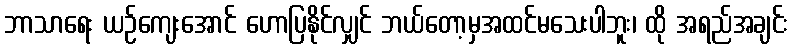
ဘာသာရေး ယဉ်ကျေးအောင် ဟောပြနိုင်လျှင် ဘယ်တော့မှအထင်မသေးပါဘူး၊ ထို အရည်အချင်း